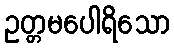
ဥတ္တမပေါရိသော